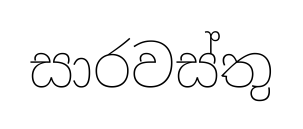
සාරවස්තු